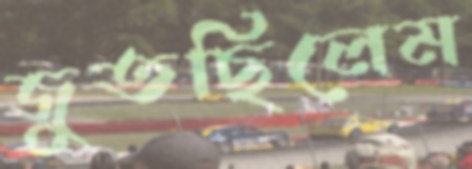
জুতছিলেম